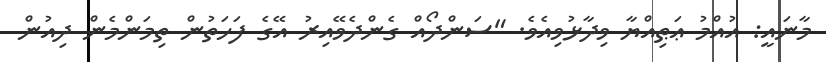
މާނައީ: އުއްމު ޢަޠިއްޔާ ވިދާޅުވިއެވެ. "ސަންދޯއް ގެންދެވޭއިރު އޭގެ ފަހަތުން ތިމަންމެން ދިއުން